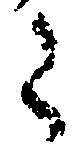
令